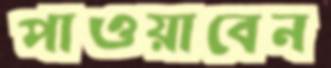
পাওয়াবেন